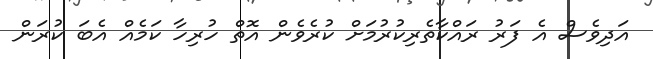
އަދިވެސް އެ ފަރު ރައްކާތެރިކުރުމަށް ކުރެވެން އޮތް ހުރިހާ ކަމެއް އެބަ ކުރަން